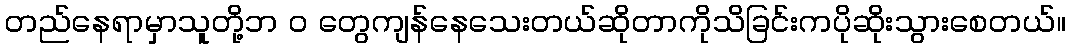
တည်နေရာမှာသူတို့ဘ ၀ တွေကျန်နေသေးတယ်ဆိုတာကိုသိခြင်းကပိုဆိုးသွားစေတယ်။